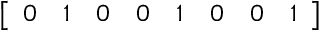
\left[ \begin{array} { l l l l l l l l } { 0 } & { 1 } & { 0 } & { 0 } & { 1 } & { 0 } & { 0 } & { 1 } \end{array} \right]